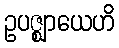
ဥပဇ္ဈာယေဟိ